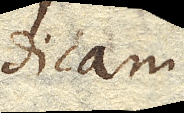
dicam.